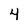
Character: 4